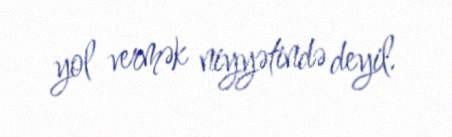
yol vermək niyyətində deyil.